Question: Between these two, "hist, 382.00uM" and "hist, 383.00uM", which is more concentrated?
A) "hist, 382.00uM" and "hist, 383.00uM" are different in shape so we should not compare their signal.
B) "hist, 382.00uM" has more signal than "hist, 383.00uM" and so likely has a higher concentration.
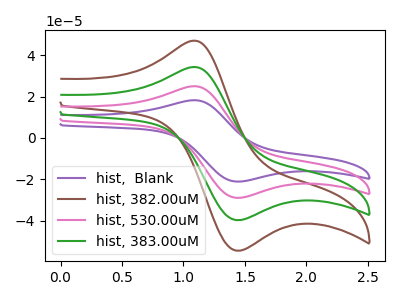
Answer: <think>The purple curve "hist,  Blank" has an anodic peak at (1.10V, 102.75uA) and a cathodic peak at (1.45V, -119.20uA). The brown curve "hist, 382.00uM" has an anodic peak at (1.10V, 47.00uA) and a cathodic peak at (1.45V, -54.50uA). The pink curve "hist, 530.00uM" has an anodic peak at (1.10V, 68.50uA) and a cathodic peak at (1.45V, -79.45uA). The green curve "hist, 383.00uM" has an anodic peak at (1.10V, 34.25uA) and a cathodic peak at (1.45V, -39.75uA).
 All the peaks in "hist, 382.00uM" have a peak in "hist, 383.00uM" at the same potential. Every peak in "hist, 382.00uM" is higher than every peak in "hist, 383.00uM".</think>
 <answer>B) "hist, 382.00uM" has more signal than "hist, 383.00uM" and so likely has a higher concentration.</answer>
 <eval>B</eval>